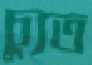
চ্যুত